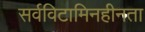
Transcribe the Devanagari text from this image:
सर्वविटामिनहीनता